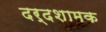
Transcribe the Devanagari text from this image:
दर्दशामक